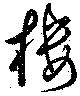
樓